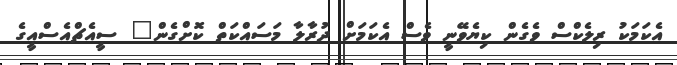
އެކަމަކު ރިލެކްސް ވެގެން ކިޔެވޭނީ ވެސް އެކަމަށް ދުރާލާ މަސައްކަތް ކޮށްގެން" ސީއެޗްއެސްއީގެ